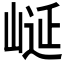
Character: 𭖮